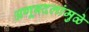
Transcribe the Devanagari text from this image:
अणूबदलांमुळे